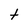
Character: t